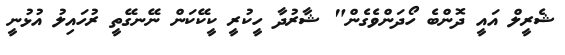
ޝެރީލް އައީ ދޮންބެ ހޯދަންވެގެން" ޝާރުދާ ހީކުރީ ކީކޭކަން ނޭނގޭތީ ރުހައިލު އުޅުނީ